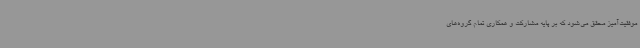
موفقیت‌آمیز محقق می‌شود که بر پایه مشارکت و همکاری تمام گروه‌های